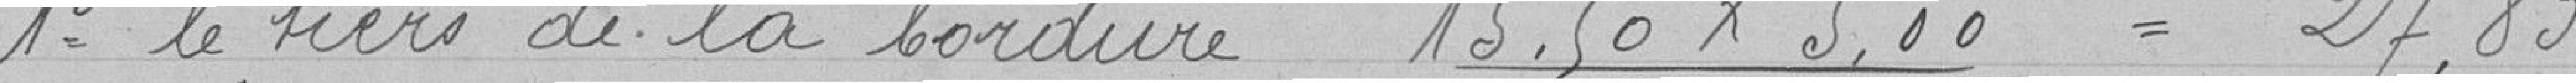
1° le tiers de la bordure   15,50 x 5 / 3 = 27,83  (25.83 normalement)